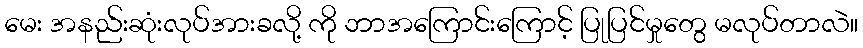
မေး အနည်းဆုံးလုပ်အားခလို့ ကို ဘာအကြောင်းကြောင့် ပြုပြင်မှုတွေ မလုပ်တာလဲ။